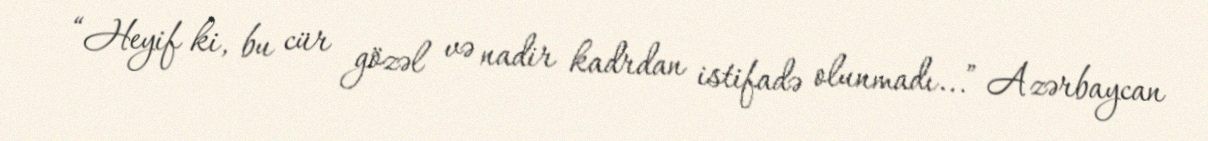
“Heyif ki, bu cür gözəl və nadir kadrdan istifadə olunmadı...” Azərbaycan